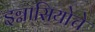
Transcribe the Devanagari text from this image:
इग्नासियोचे